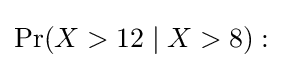
\Pr(X>12\mid X>8):